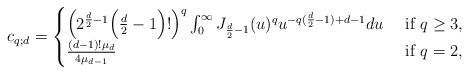
LaTeX: \begin{align*}c_{q;d}= \begin{cases}\Big(2^ {\frac d2 -1}\Big(\frac d2-1\Big)! \Big)^ q\int_0^ \infty J_{\frac d2 -1}(u)^ q u^ {-q(\frac d2-1)+d-1}du& \mbox{ if } q\geq 3,\cr\frac{(d-1)! \mu_d}{4\mu_{d-1}}&\mbox{ if } q=2,\\\end{cases}\end{align*}